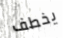
يخطف